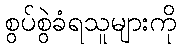
စွပ်စွဲခံရသူများကို